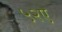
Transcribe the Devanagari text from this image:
५२ए